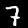
Digit: 7